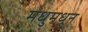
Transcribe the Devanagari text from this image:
मधुमधून